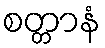
စတ္တာနံ